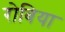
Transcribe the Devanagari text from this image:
रोबिया